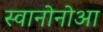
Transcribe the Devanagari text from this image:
स्वानोनोआ